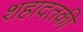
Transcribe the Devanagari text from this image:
शहादतकी